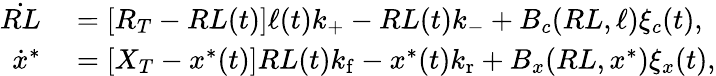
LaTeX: \begin{array}{rl}{\dot{RL}}&{{}=[R_{T}-RL(t)]\ell(t)k_{+}-RL(t)k_{-}+B_{c}(RL,\ell)\xi_{c}(t),}\\ {\dot{x}^{*}}&{{}=[X_{T}-x^{*}(t)]RL(t){k_{\mathrm{f}}}-x^{*}(t){k_{\mathrm{r}}}+B_{x}(RL,x^{\ast})\xi_{x}(t),}\end{array}